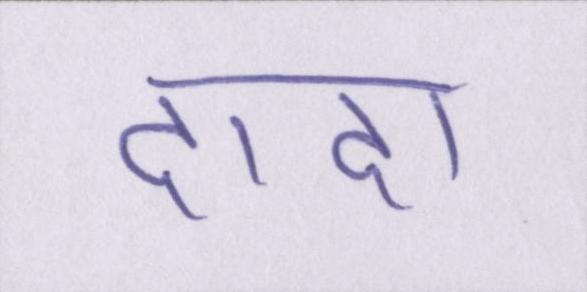
दादा